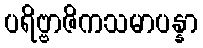
ပရိဗ္ဗာဇိကသမာပန္နာ